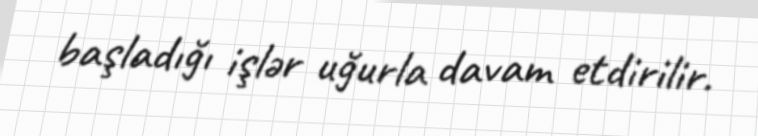
başladığı işlər uğurla davam etdirilir.